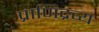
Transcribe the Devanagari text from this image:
प्राणिद्रव्य